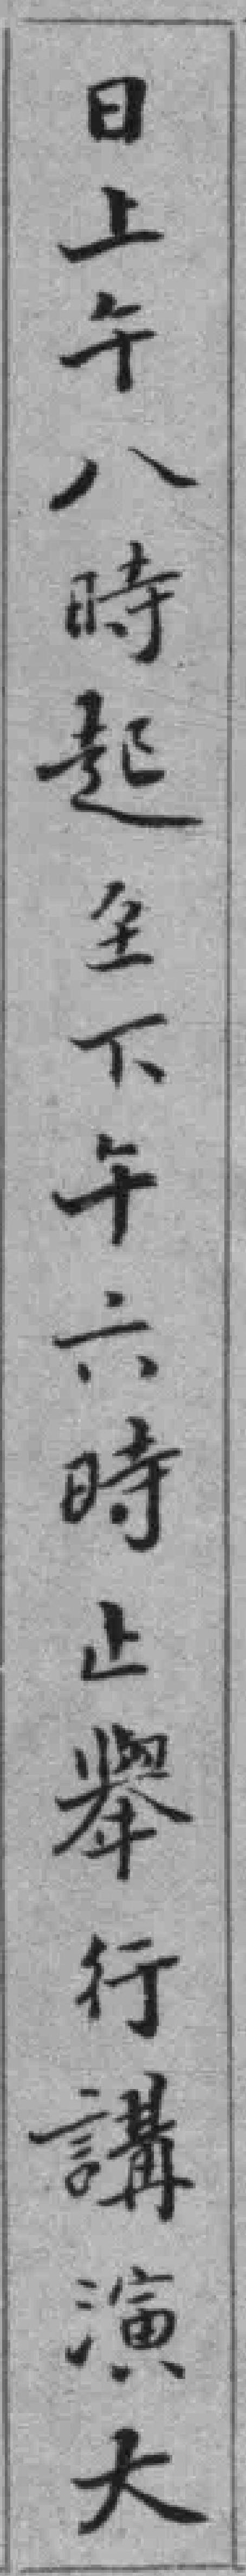
日上午八時起至下午六時止舉行講演大